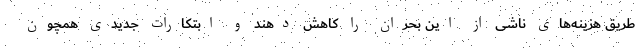
طریق هزینه‌های ناشی از این بحران را کاهش دهند و ابتکارات جدیدی همچون